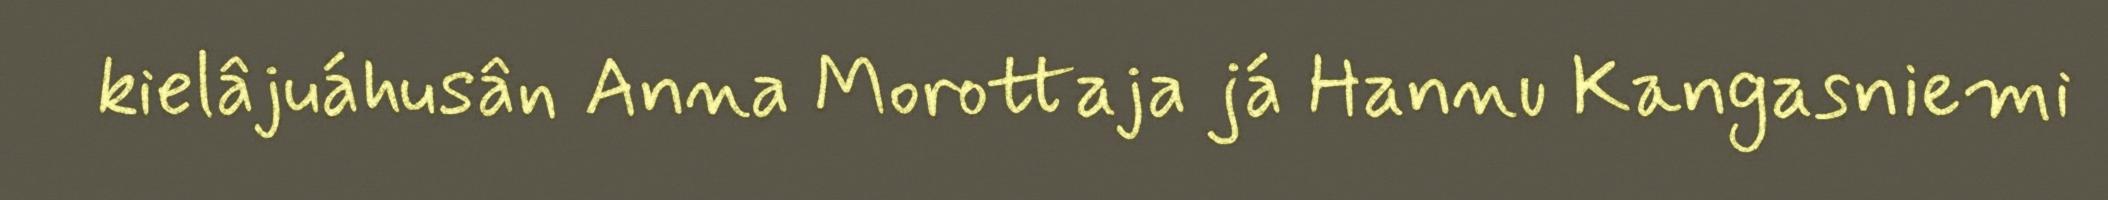
kielâjuáhusân Anna Morottaja já Hannu Kangasniemi